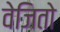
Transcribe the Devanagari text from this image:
वेजितो